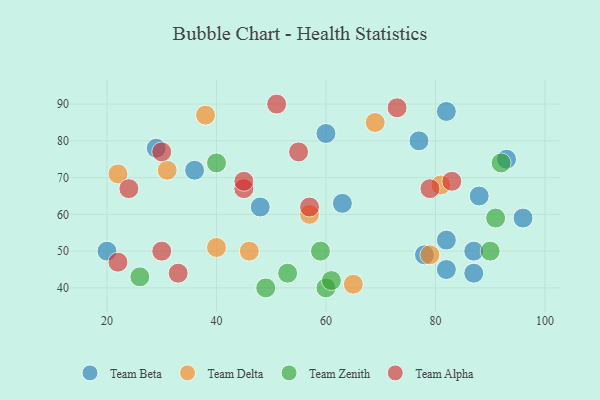
{"axis": {"x": "GDP", "y": "Life Expectancy"}, "legend": ["Team Alpha", "Team Beta", "Team Delta", "Team Zenith"], "data": [{"x": "78", "y": 49, "type": "Team Beta"}, {"x": "96", "y": 59, "type": "Team Beta"}, {"x": "77", "y": 80, "type": "Team Beta"}, {"x": "20", "y": 50, "type": "Team Beta"}, {"x": "48", "y": 62, "type": "Team Beta"}, {"x": "60", "y": 82, "type": "Team Beta"}, {"x": "36", "y": 72, "type": "Team Beta"}, {"x": "29", "y": 78, "type": "Team Beta"}, {"x": "82", "y": 53, "type": "Team Beta"}, {"x": "87", "y": 50, "type": "Team Beta"}, {"x": "87", "y": 44, "type": "Team Beta"}, {"x": "88", "y": 65, "type": "Team Beta"}, {"x": "82", "y": 45, "type": "Team Beta"}, {"x": "93", "y": 75, "type": "Team Beta"}, {"x": "82", "y": 88, "type": "Team Beta"}, {"x": "63", "y": 63, "type": "Team Beta"}, {"x": "81", "y": 68, "type": "Team Delta"}, {"x": "31", "y": 72, "type": "Team Delta"}, {"x": "22", "y": 71, "type": "Team Delta"}, {"x": "69", "y": 85, "type": "Team Delta"}, {"x": "57", "y": 60, "type": "Team Delta"}, {"x": "79", "y": 49, "type": "Team Delta"}, {"x": "65", "y": 41, "type": "Team Delta"}, {"x": "40", "y": 51, "type": "Team Delta"}, {"x": "46", "y": 50, "type": "Team Delta"}, {"x": "38", "y": 87, "type": "Team Delta"}, {"x": "49", "y": 40, "type": "Team Zenith"}, {"x": "59", "y": 50, "type": "Team Zenith"}, {"x": "92", "y": 74, "type": "Team Zenith"}, {"x": "60", "y": 40, "type": "Team Zenith"}, {"x": "53", "y": 44, "type": "Team Zenith"}, {"x": "40", "y": 74, "type": "Team Zenith"}, {"x": "91", "y": 59, "type": "Team Zenith"}, {"x": "90", "y": 50, "type": "Team Zenith"}, {"x": "61", "y": 42, "type": "Team Zenith"}, {"x": "26", "y": 43, "type": "Team Zenith"}, {"x": "45", "y": 67, "type": "Team Alpha"}, {"x": "79", "y": 67, "type": "Team Alpha"}, {"x": "57", "y": 62, "type": "Team Alpha"}, {"x": "55", "y": 77, "type": "Team Alpha"}, {"x": "73", "y": 89, "type": "Team Alpha"}, {"x": "45", "y": 69, "type": "Team Alpha"}, {"x": "22", "y": 47, "type": "Team Alpha"}, {"x": "51", "y": 90, "type": "Team Alpha"}, {"x": "30", "y": 77, "type": "Team Alpha"}, {"x": "83", "y": 69, "type": "Team Alpha"}, {"x": "33", "y": 44, "type": "Team Alpha"}, {"x": "30", "y": 50, "type": "Team Alpha"}, {"x": "24", "y": 67, "type": "Team Alpha"}]}